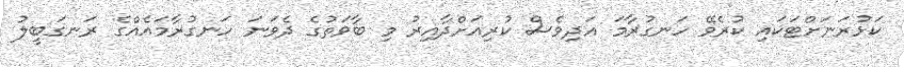
ކަޅުރަނަށްޓަކައި ކުރެވޭ ހަނގުރާމަ އަދިވެސް ކުރިއަށްދާއިރު މި ބާވަތުގެ ދެވަނަ ހަނގުރާމައެއްގެ ރަނގަބީލު